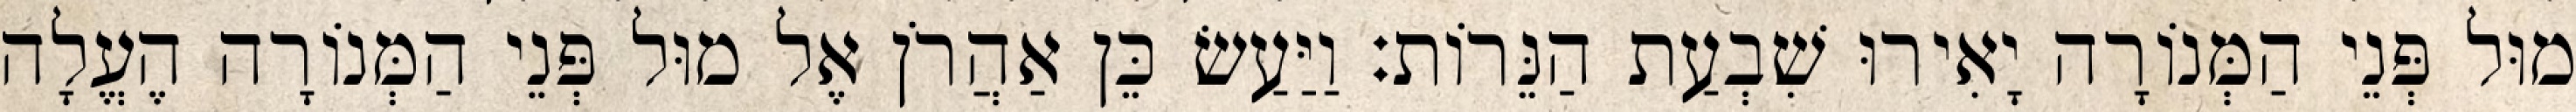
מוּל פְּנֵי הַמְּנוֹרָה יָאִירוּ שִׁבְעַת הַנֵּרוֹת׃ וַיַּעַשׂ כֵּן אַהֲרֹן אֶל מוּל פְּנֵי הַמְּנוֹרָה הֶעֱלָה